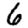
Digit: 6